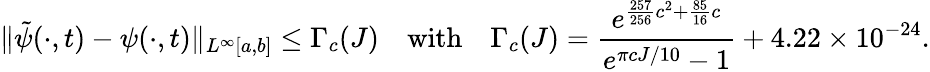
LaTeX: \| \tilde{\psi}(\cdot,t)-\psi(\cdot,t)\| _{L^{\infty}[a,b]}\leq\Gamma_{c}(J)\quad\textrm{with}\quad\Gamma_{c}(J)=\frac{e^{\frac{257}{256}c^{2}+\frac{85}{16}c}}{e^{\pi cJ/10}-1}+4.22\times 10^{-24}.